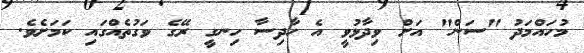
މުހައްމަދު "ސަން" އަށް ވިދާޅުވީ އެ ހާދިސާ ހިނގީ ރޭގެ ވަގުތެއްގައި ކަމަށެވެ.